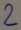
Text: 2